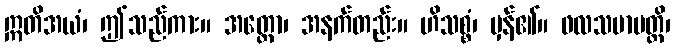
ဣတိအယံ၊ ဤသည်ကား။ အတ္ထော၊ အနက်တည်း။ ဟိသစ္စံ၊ မှန်၏။ ဖလသမာပတ္တိ၊